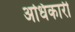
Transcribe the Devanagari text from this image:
अधिकारी